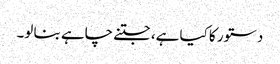
دستور کا کیا ہے، جتنے چاہے بنا لو۔